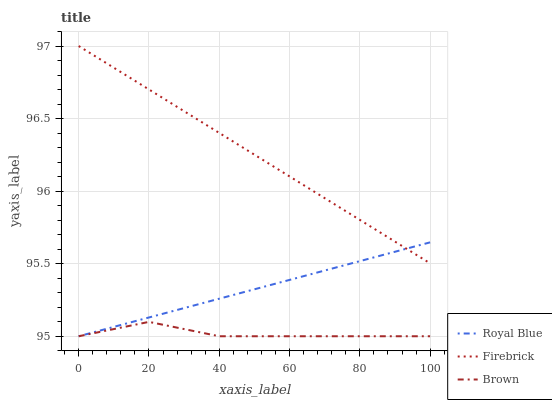
| xaxis_label | Royal Blue | Firebrick | Brown |
 | --- | --- | --- | --- |
 | 0 | 95 | 97 | 95 |
 | 20 | 95.1 | 96.7 | 95.1 |
 | 40 | 95.3 | 96.4 | 95 |
 | 60 | 95.4 | 96.1 | 95 |
 | 80 | 95.5 | 95.8 | 95 |
 | 100 | 95.6 | 95.5 | 95 |